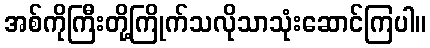
အစ်ကိုကြီးတို့ကြိုက်သလိုသာသုံးဆောင်ကြပါ။